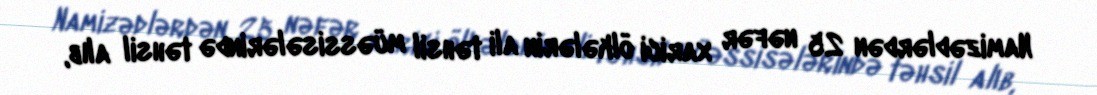
Namizədlərdən 25 nəfər xarici ölkələrin ali təhsil müəssisələrində təhsil alıb,